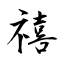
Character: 禧